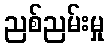
ညစ်ညမ်းမှု